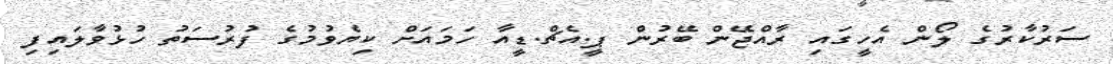
ސަރުކާރުގެ ލޯން އެހީގައި ރާއްޖޭން ބޭރުން ޕީ.އެޗް.ޑީއާ ހަމައަށް ކިޔެވުމުގެ ފުރުސަތު ހުޅުވާލައިފި